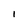
Character: I